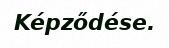
Képződése.